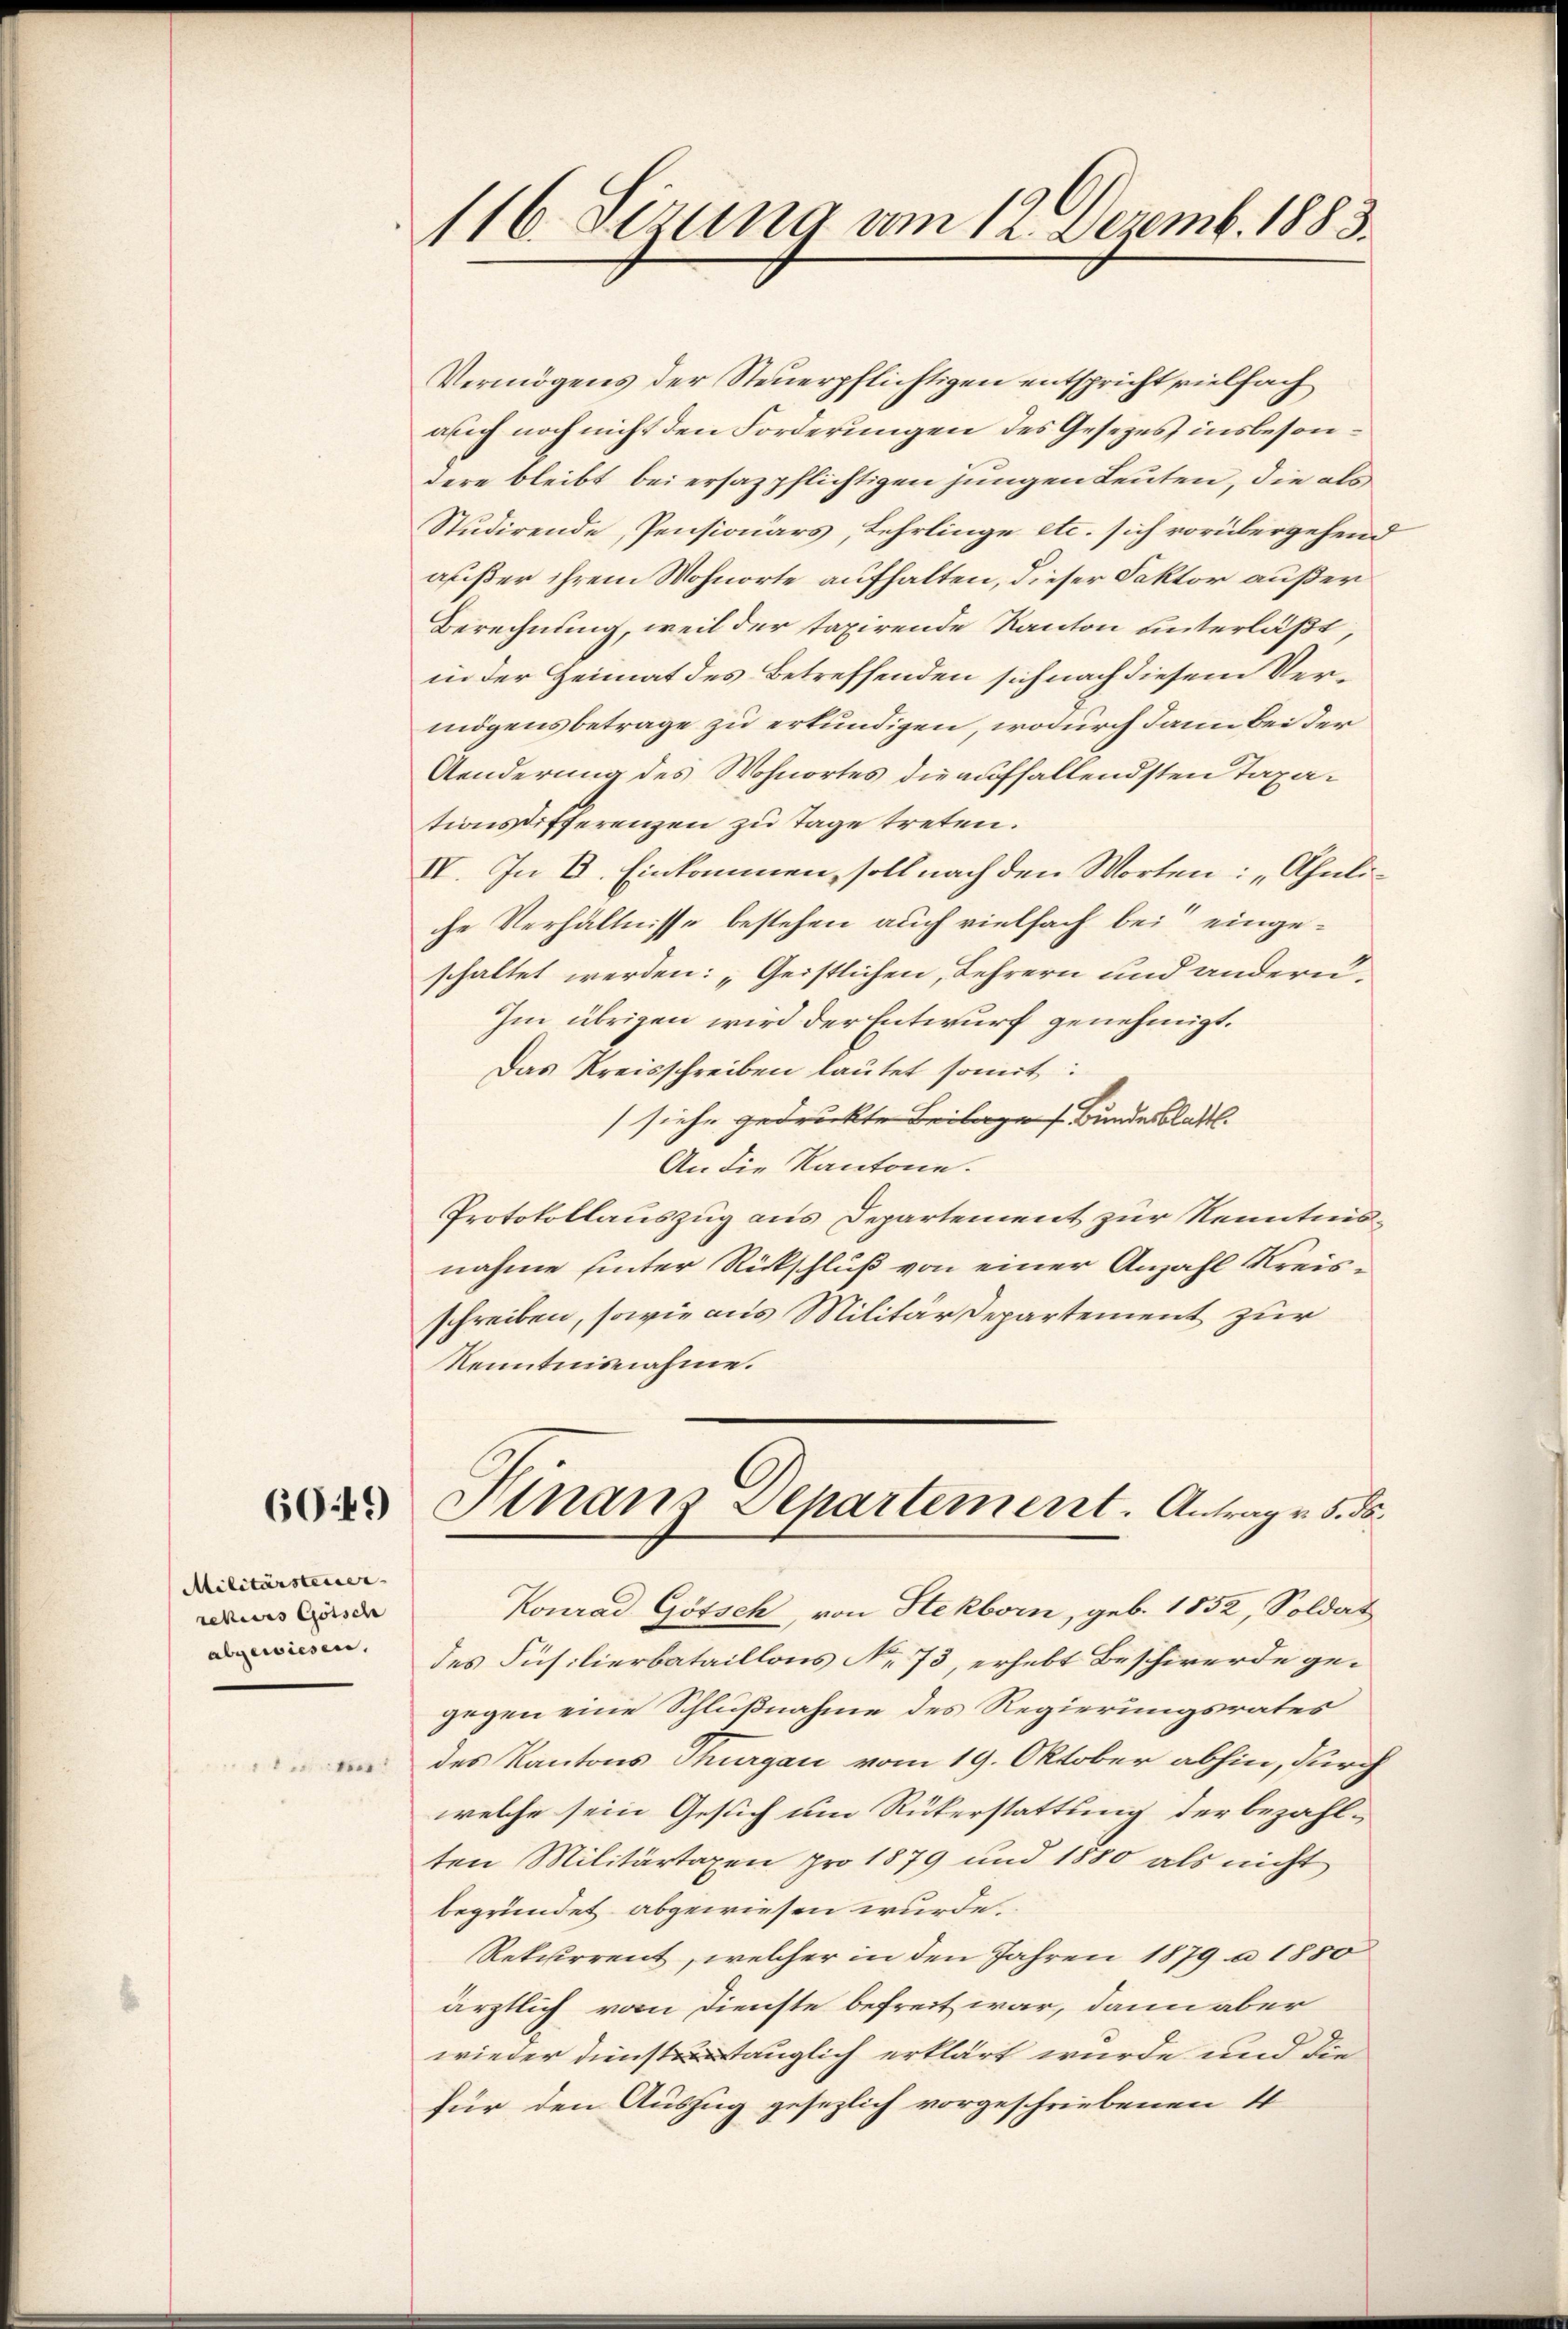
60:49

Militärsteuer- |
sekurs Götsch
abgewiesen.

de

116. Sizung vom 12. Dezemb. 1883.

Vermögens der Steuerpflichtigen entspricht vielfach
auch noch nicht den Forderungen des Gesetzes insbesondere bleibt bei ersazpflichtigen jungen Leuten, die als
Studirende, Pensionärs, Lehrlinge etc. sich vorübergehend
außer ihrem Wohnorte aufhalten, dieser Faktor außer
Berechnung, weil der taxirende Kanton unterläßt,
in der Heimat des Betreffenden sich nach diesem Vermögensbetrage zu erkundigen, wodurch dann bei der
Aenderung des Wohnortes die auffallendsten Taxationsdifferenzen zu Tage treten.
IV. In V. Einkommen, soll nach den Worten: „Ahnliche Verhältnisse bestehen auch vielfach bei eingeschaltet werden: „Geistlichen, Lehrern und andern.
Im übrigen wird der Entwurf genehmigt.
Das Kreisschreiben lautet somit:
(siehe gedruckte Beilages Bundesblatt.
An die Kantone.
Protokollauszug aus Departement zur Kenntnisnahme hinter Rückschluß von einer Anzahl Kreisschreiben, sowie aus Militärdepartement zur
Kenntnisnahme.
Finanz Separtement. Antrag v. 5. ds.
Konrad Götsch, von Stekborn, geb. 1852, Soldat
des Füsilierbataillons No 73, erhebt Beschwerde gegegen eine Schlußnahme des Regierungsrates
des Kantons Thurgau vom 19. Oktober abhin, durch
welche sein Gesuch um Rükerstattung der bezahl-
ten Militärtaxen pro 1879 und 1880 als nicht
begründet abgewiesen wurde.
Rekurrent, welcher in den Jahren 1879 a 1850
ärztlich vom Dienste befreit war, dann aber
wieder diensttauglich erklärt wurde und die
für den Auszug gesezlich vorgeschriebenen 4